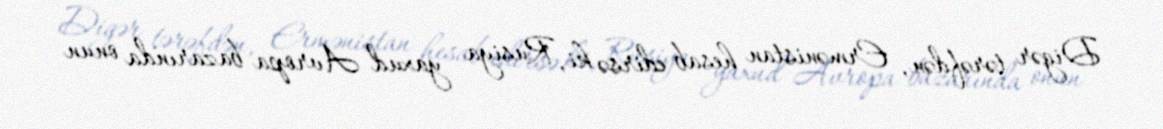
Digər tərəfdən, Ermənistan hesab edirsə ki, Rusiya yaxud Avropa bazarında onun